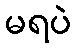
မရပဲ